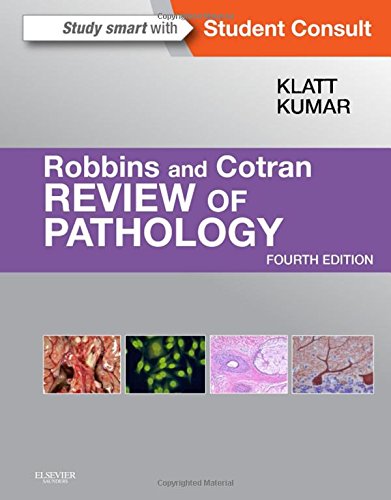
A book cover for Robbins and Cotran Review of Pathology, 4e (Robbins Pathology); Edward C. Klatt MD; Test Preparation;